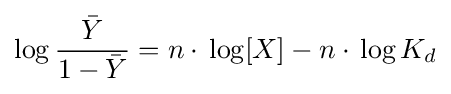
\log {\frac {\bar {Y}}{1-{\bar {Y}}}}=n\cdot {}\log[X]-n\cdot {}\log K_{d}